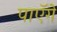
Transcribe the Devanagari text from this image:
पाएॅगे